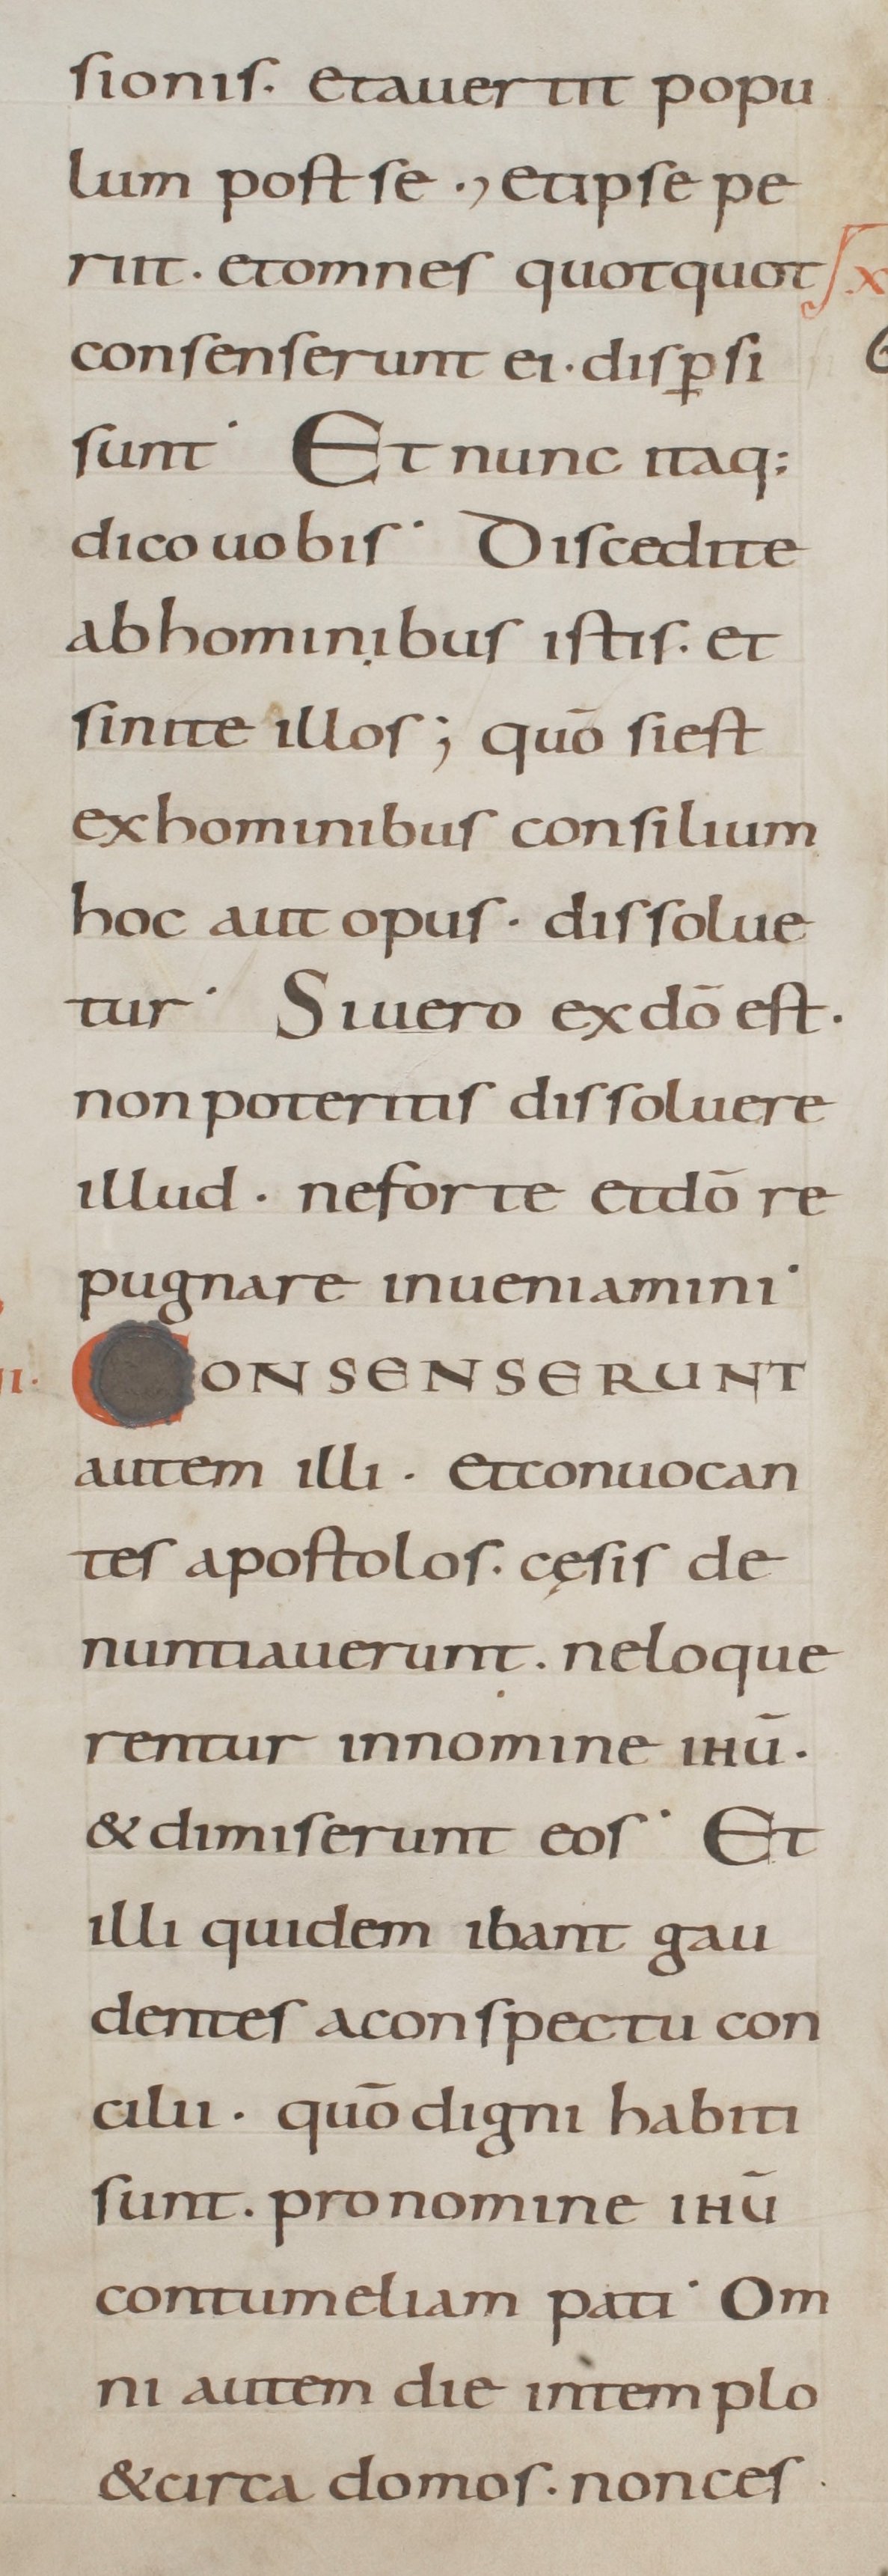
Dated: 800–899